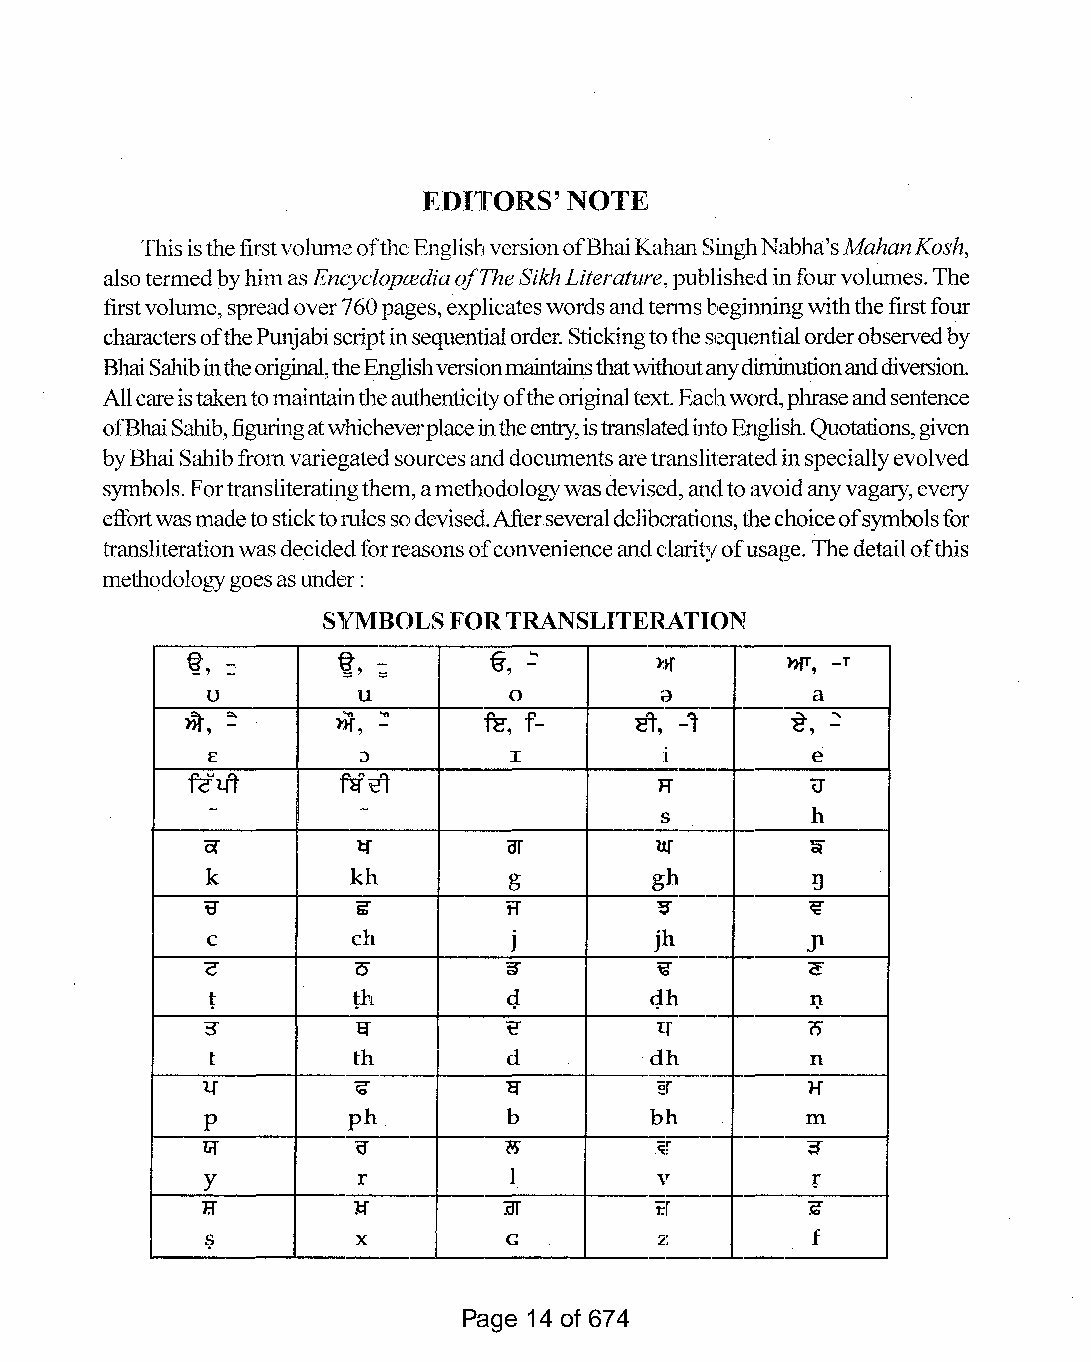
EDITORS'  NOTE
 ThisisthefirstvolumeoftheEnglishversionofBhaiKahanSinghNabha'sMahanKosh,
 alsotermedbyhimasEncycloprediaofTheSikhLiterature,publishedinfourvolumes.The
 firstvolume,spreadover760pages,explicateswordsandtenusbegiImingwiththefirstfour
 charactersofthePunjabiscriptinsequentialorder.Stickingtothesequentialorderobservedby
 BhaiSahibintheoriginal,theEnglishversionmaintainsthatwithoutanydiminutionanddiversion.
 Allcareistakentomaintaintheauthenticityoftheoriginaltext.Eachword,phraseandsentence
 ofBhaiSahib,figuringatwhicheverplaceintheentry,istranslatedintoEnglish.Quotations,given
 byBhaiSahibfromvariegatedsourcesanddocumentsaretransliteratedinspeciallyevolved
 symbols.Fortransliteratingthem,amethodologywasdevised,andtoavoidanyvagary,every
 effortwasmadetosticktorulessodevised.Afterseveraldeliberations,thechoiceofsymbolsfor
 transliterationwasdecidedforreasonsofconvenienceandclarityofusage.Thedetailofthis
 methodologygoesasunder:
 SYMBOLSFORTRANSLITERATl[ON
 --
 ~, --     ~, -      "€ , -.... >:       »fT, _T
 ==
 u         u         0            --     a
 1?t, -'"  >' :n tf, -'n fu, f- 'it, -'1 "8", -'"
 E         ;)        I                   e
 fZ'm      Nit                             (J
 -         -
 h
 ~  --
 '--
 a-         1:1"      CIT      u:f        "llf
 k        kh         g        gh         9
 ----
 tr        iii      11        ~r         ~
 e        eh         j        jln. --   Jl
 c
 '0         ~        ~T >       <!"
 q        q
 t        th                   h  --     I).
 3"         "6"       ~         '[r  f--- (')
 t        th         d        dh         n
 --
 f---
 1..[      G          If        ~r       }f
 P         ph         b        bh        m
 liT        0-       -g         '<. --f-. ;s-
 Y         r         1         \         f
 ----
 :or
 If        }:f                 t."        ~
 ~         X         G         2  --_.   f
 Page 14 of 674